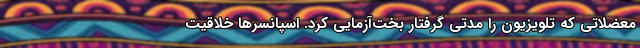
معضلاتی که تلویزیون را مدتی گرفتارِ بخت‌آزمایی کرد. اسپانسرها خلاقیت